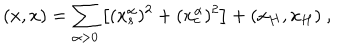
( x , x ) = \sum _ { \alpha > 0 } \left[ ( x _ { s } ^ { \alpha } ) ^ { 2 } + ( x _ { c } ^ { \alpha } ) ^ { 2 } \right] + ( x _ { H } , x _ { H } ) \ ,